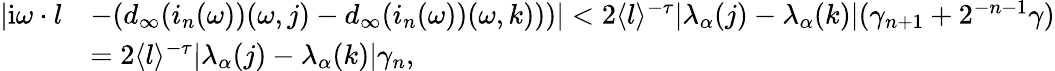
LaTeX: \begin{array}{rl}{|\mathrm{i}\omega\cdot l}&{-(d_{\infty}(i_{n}(\omega))(\omega,j)-d_{\infty}(i_{n}(\omega))(\omega,k)))|<2\langle l\rangle^{-\tau}|\lambda_{\alpha}(j)-\lambda_{\alpha}(k)|(\gamma_{n+1}+2^{-n-1}\gamma)}\\ &{=2\langle l\rangle^{-\tau}|\lambda_{\alpha}(j)-\lambda_{\alpha}(k)|\gamma_{n},}\end{array}